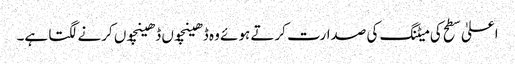
اعلیٰ سطح کی میٹنگ کی صدارت کرتے ہوئے وہ ڈھینچوں ڈھینچوں کرنے لگتا ہے۔